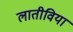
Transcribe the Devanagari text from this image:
लातीविया